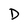
Character: D